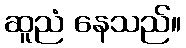
ဆူညံ နေသည်။